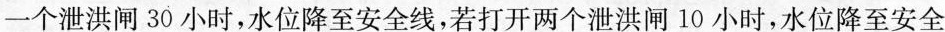
一个泄洪闸30小时，水位降至安全线，若打开两个泄洪闸10小时，水位降至安全